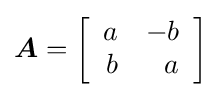
{\boldsymbol {A}}=\left[{\begin{array}{rr}a&-b\\b&a\end{array}}\right]